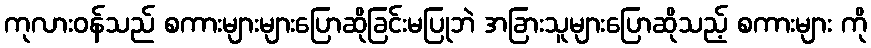
ကုလားဝန်သည် စကားများများပြောဆိုခြင်းမပြုဘဲ အခြားသူများပြောဆိုသည့် စကားများ ကို